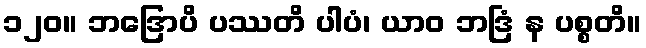
၁၂၀။ ဘဒြောပိ ပဿတိ ပါပံ၊ ယာဝ ဘဒြံ န ပစ္စတိ။